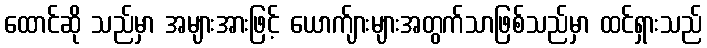
ထောင်ဆို သည်မှာ အများအားဖြင့် ယောက်ျားများအတွက်သာဖြစ်သည်မှာ ထင်ရှားသည်